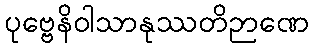
ပုဗ္ဗေနိဝါသာနုဿတိဉာဏေ